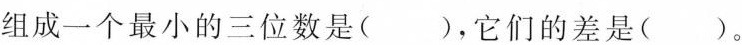
组成一个最小的三位数是( )，它们的差是 ( )。